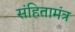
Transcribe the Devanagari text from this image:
संहितामंत्र